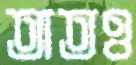
তাতও